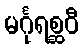
မင်္ဂုရစ္ဆဝီ